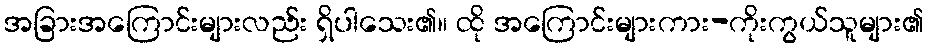
အခြားအကြောင်းများလည်း ရှိပါသေး၏။ ထို အကြောင်းများကား-ကိုးကွယ်သူများ၏